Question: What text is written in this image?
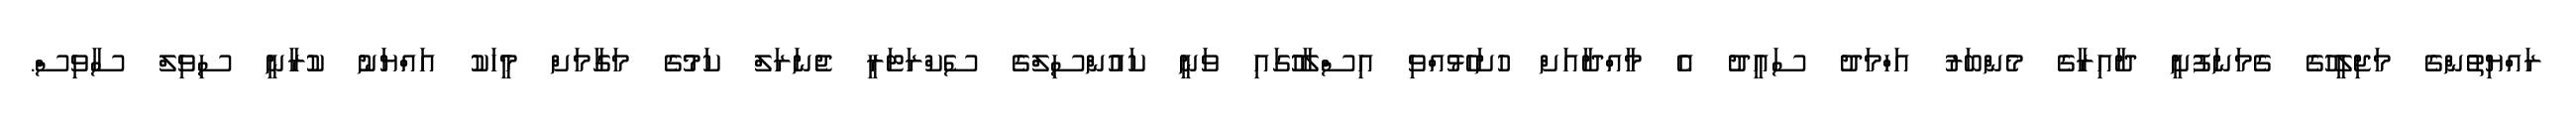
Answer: ރައްޔިތުންގެ މަޖިލީހުގެ ގެމަނަފުށީ ދާއިރާގެ މެންބަރު އަހްމަދު ސައީދު އެ މާއްދާއަށް ހުށަހެޅުއްވި އިސްލާހުުގައި ވަނީ ކައުންސިލްގެ ސެކްރަޓަރީ ޖެނަރަލް ކަމުގެ މަގާމަށް މީހަކު އައްޔަނު ކުރާނީ ސިވިލް ސާވިސް.